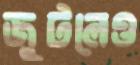
জুটলেও